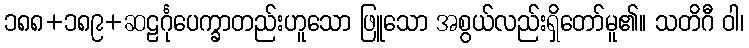
၁၈၈+၁၈၉+ဆဠင်္ဂုပေက္ခာတည်းဟူသော ဖြူသော အစွယ်လည်းရှိတော်မူ၏။ သတိဂီ ဝါ၊